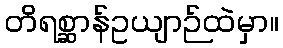
တိရစ္ဆာန်ဥယျာဉ်ထဲမှာ။